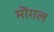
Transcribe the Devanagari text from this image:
मॊगल